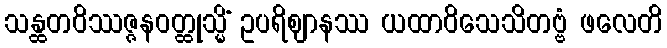
သန္ထတဝိဿဇ္ဇနဝတ္ထုသ္မိံ ဥပရိဈာနဿ ယထာဝိသေသိတဗ္ဗံ ဖလေတိ